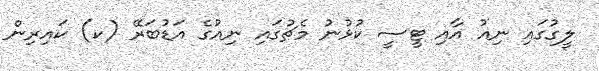
ލީގުގައި ނިއު އާއި ޓީސީ ކުޅުނު މެޗުގައި ނިއުގެ އަޑުބަރޭ (ކ) ކައިރިން